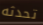
تحدثه